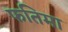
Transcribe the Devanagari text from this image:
फतिमा